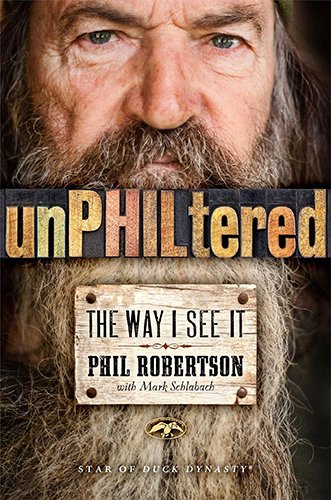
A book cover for unPHILtered: The Way I See It; Phil Robertson; Biographies & Memoirs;